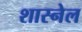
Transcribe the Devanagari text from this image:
शास्नेल